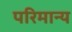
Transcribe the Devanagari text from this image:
परिमान्य